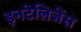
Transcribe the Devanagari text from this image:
इनटेलिजेंस